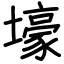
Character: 壕